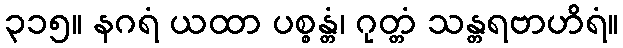
၃၁၅။ နဂရံ ယထာ ပစ္စန္တံ၊ ဂုတ္တံ သန္တရဗာဟိရံ။